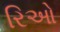
રિઓ